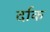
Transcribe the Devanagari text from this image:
र्दाक